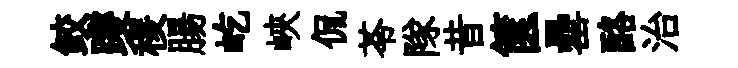
鲛躞稷腸屹峽侃苓隊昔篋罍酪治